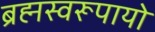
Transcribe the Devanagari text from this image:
ब्रह्मस्वरूपायो